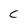
Character: C